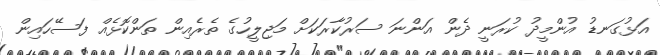
އަޅުގަނޑު އުންމީދު ކުރަނީ ދެން އަންނަ ސަރުކާރަކަށް މަޖިލީހުގެ ތެރެއިން ތަންކޮޅެއް ފަސޭހައިން